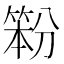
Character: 𰪇